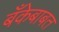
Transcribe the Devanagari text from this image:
बँकेबाबत